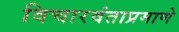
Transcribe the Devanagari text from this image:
विचारवंताप्रमाणे